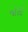
જોસી